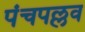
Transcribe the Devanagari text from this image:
पंचपल्लव